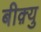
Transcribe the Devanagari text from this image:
बीक़्यु